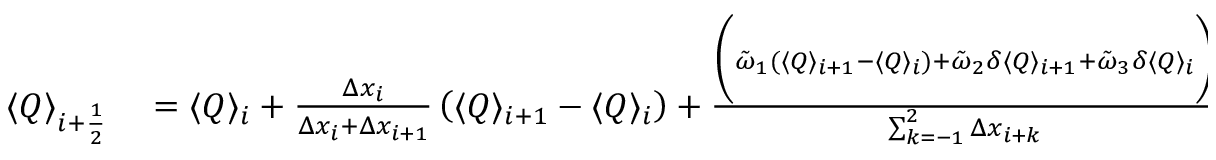
\begin{array} { r l } { \langle Q \rangle _ { i + \frac { 1 } { 2 } } } & { { } = \langle Q \rangle _ { i } + \frac { \Delta x _ { i } } { \Delta x _ { i } + \Delta x _ { i + 1 } } \left( \langle Q \rangle _ { i + 1 } - \langle Q \rangle _ { i } \right) + \frac { \bigg ( \tilde { \omega } _ { 1 } ( \langle Q \rangle _ { i + 1 } - \langle Q \rangle _ { i } ) + \tilde { \omega } _ { 2 } \delta \langle Q \rangle _ { i + 1 } + \tilde { \omega } _ { 3 } \delta \langle Q \rangle _ { i } \bigg ) } { \sum _ { k = - 1 } ^ { 2 } \Delta x _ { i + k } } } \end{array}